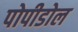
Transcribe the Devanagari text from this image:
पोपीडोल